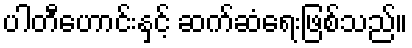
ပါတီဟောင်းနှင့် ဆက်ဆံရေးဖြစ်သည်။